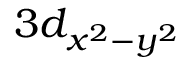
3 d _ { x ^ { 2 } - y ^ { 2 } }